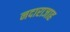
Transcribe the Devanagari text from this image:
नदाराजाह